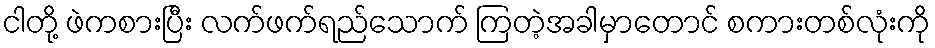
ငါတို့ ဖဲကစားပြီး လက်ဖက်ရည်သောက် ကြတဲ့အခါမှာတောင် စကားတစ်လုံးကို